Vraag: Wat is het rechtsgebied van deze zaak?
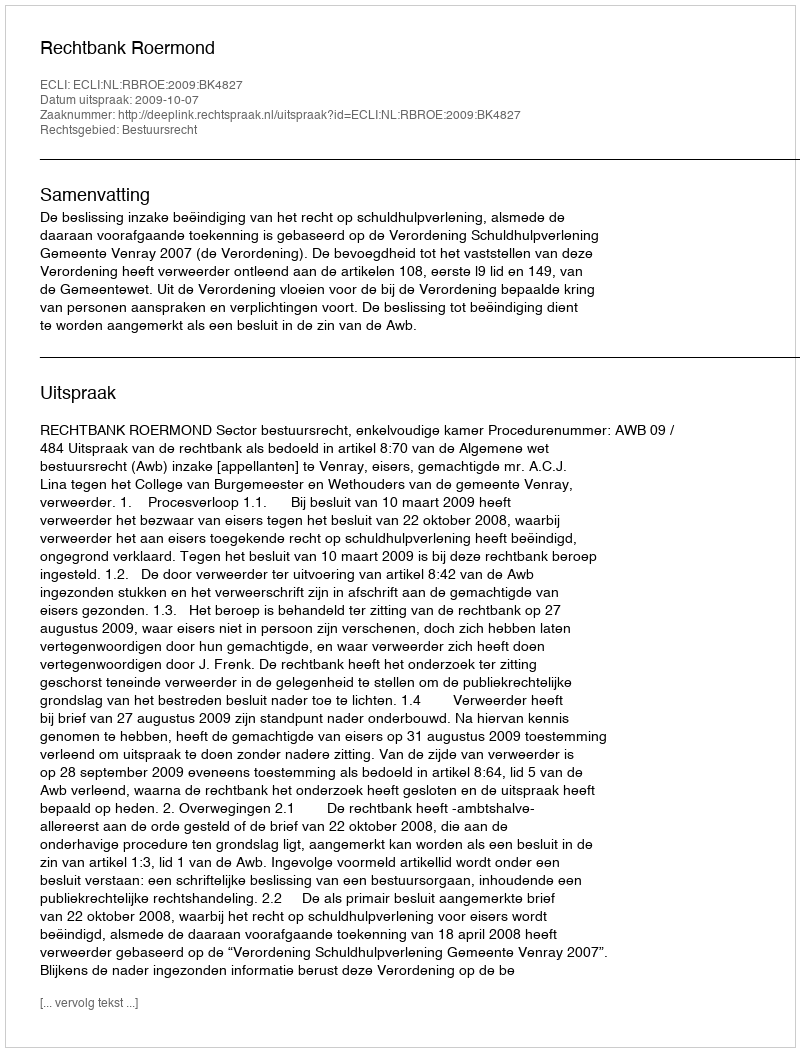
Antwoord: Bestuursrecht